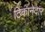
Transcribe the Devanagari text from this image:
ठिकानेदार